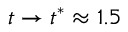
t \to t ^ { * } \approx 1 . 5